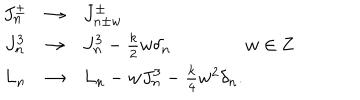
LaTeX: \begin{array} { c c l } { { J _ { n } ^ { \pm } } } & { { \rightarrow } } & { { J _ { n \pm w } ^ { \pm } } } \\ { { J _ { n } ^ { 3 } } } & { { \rightarrow } } & { { J _ { n } ^ { 3 } - { \frac { k } { 2 } } w \delta _ { n } \qquad \qquad w \in { \bf Z } } } \\ { { L _ { n } } } & { { \rightarrow } } & { { L _ { n } - w J _ { n } ^ { 3 } - { \frac { k } { 4 } } w ^ { 2 } \delta _ { n } . } } \\ \end{array}